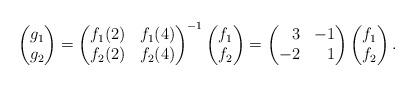
LaTeX: \begin{align*} \begin{pmatrix} g_1 \\ g_2 \end{pmatrix} = \begin{pmatrix} f_1(2) & f_1(4) \\ f_2(2) & f_2(4) \end{pmatrix}^{-1} \begin{pmatrix} f_1 \\ f_2 \end{pmatrix} = \begin{pmatrix} \phantom{-}3 & -1 \\ -2 & \phantom{-}1 \end{pmatrix} \begin{pmatrix} f_1 \\ f_2 \end{pmatrix}.\end{align*}